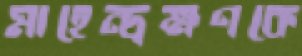
মাহেন্দ্রক্ষণকে